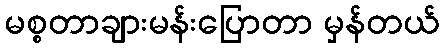
မစ္စတာချားမန်းပြောတာ မှန်တယ်